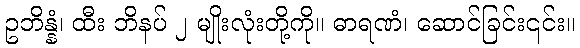
ဥဘိန္နံ၊ ထီး ဘိနပ် ၂ မျိုးလုံးတို့ကို။ ဓာရဏံ၊ ဆောင်ခြင်း၎င်း။